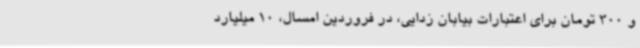
و 300 تومان برای اعتبارات بیابان زدایی، در فروردین امسال، 10 میلیارد